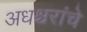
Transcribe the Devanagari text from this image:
अधश्चरांचे